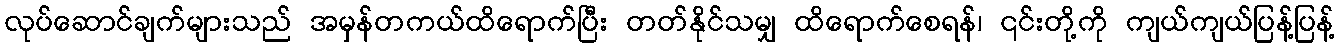
လုပ်ဆောင်ချက်များသည် အမှန်တကယ်ထိရောက်ပြီး တတ်နိုင်သမျှ ထိရောက်စေရန်၊ ၎င်းတို့ကို ကျယ်ကျယ်ပြန့်ပြန့်